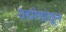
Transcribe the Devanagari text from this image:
उद्योगांतून